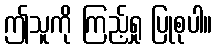
ဤသူကို ကြည့်ရှု ပြုစုပါ။